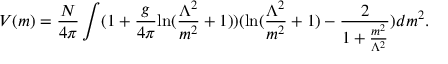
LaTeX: V ( m ) = \frac { N } { 4 \pi } \int ( 1 + \frac { g } { 4 \pi } \mathrm { l n } ( \frac { \Lambda ^ { 2 } } { m ^ { 2 } } + 1 ) ) ( \mathrm { l n } ( \frac { \Lambda ^ { 2 } } { m ^ { 2 } } + 1 ) - \frac { 2 } { 1 + \frac { m ^ { 2 } } { \Lambda ^ { 2 } } } ) d m ^ { 2 } .